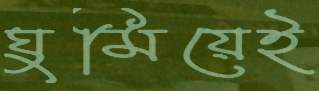
ঘুমিয়েই